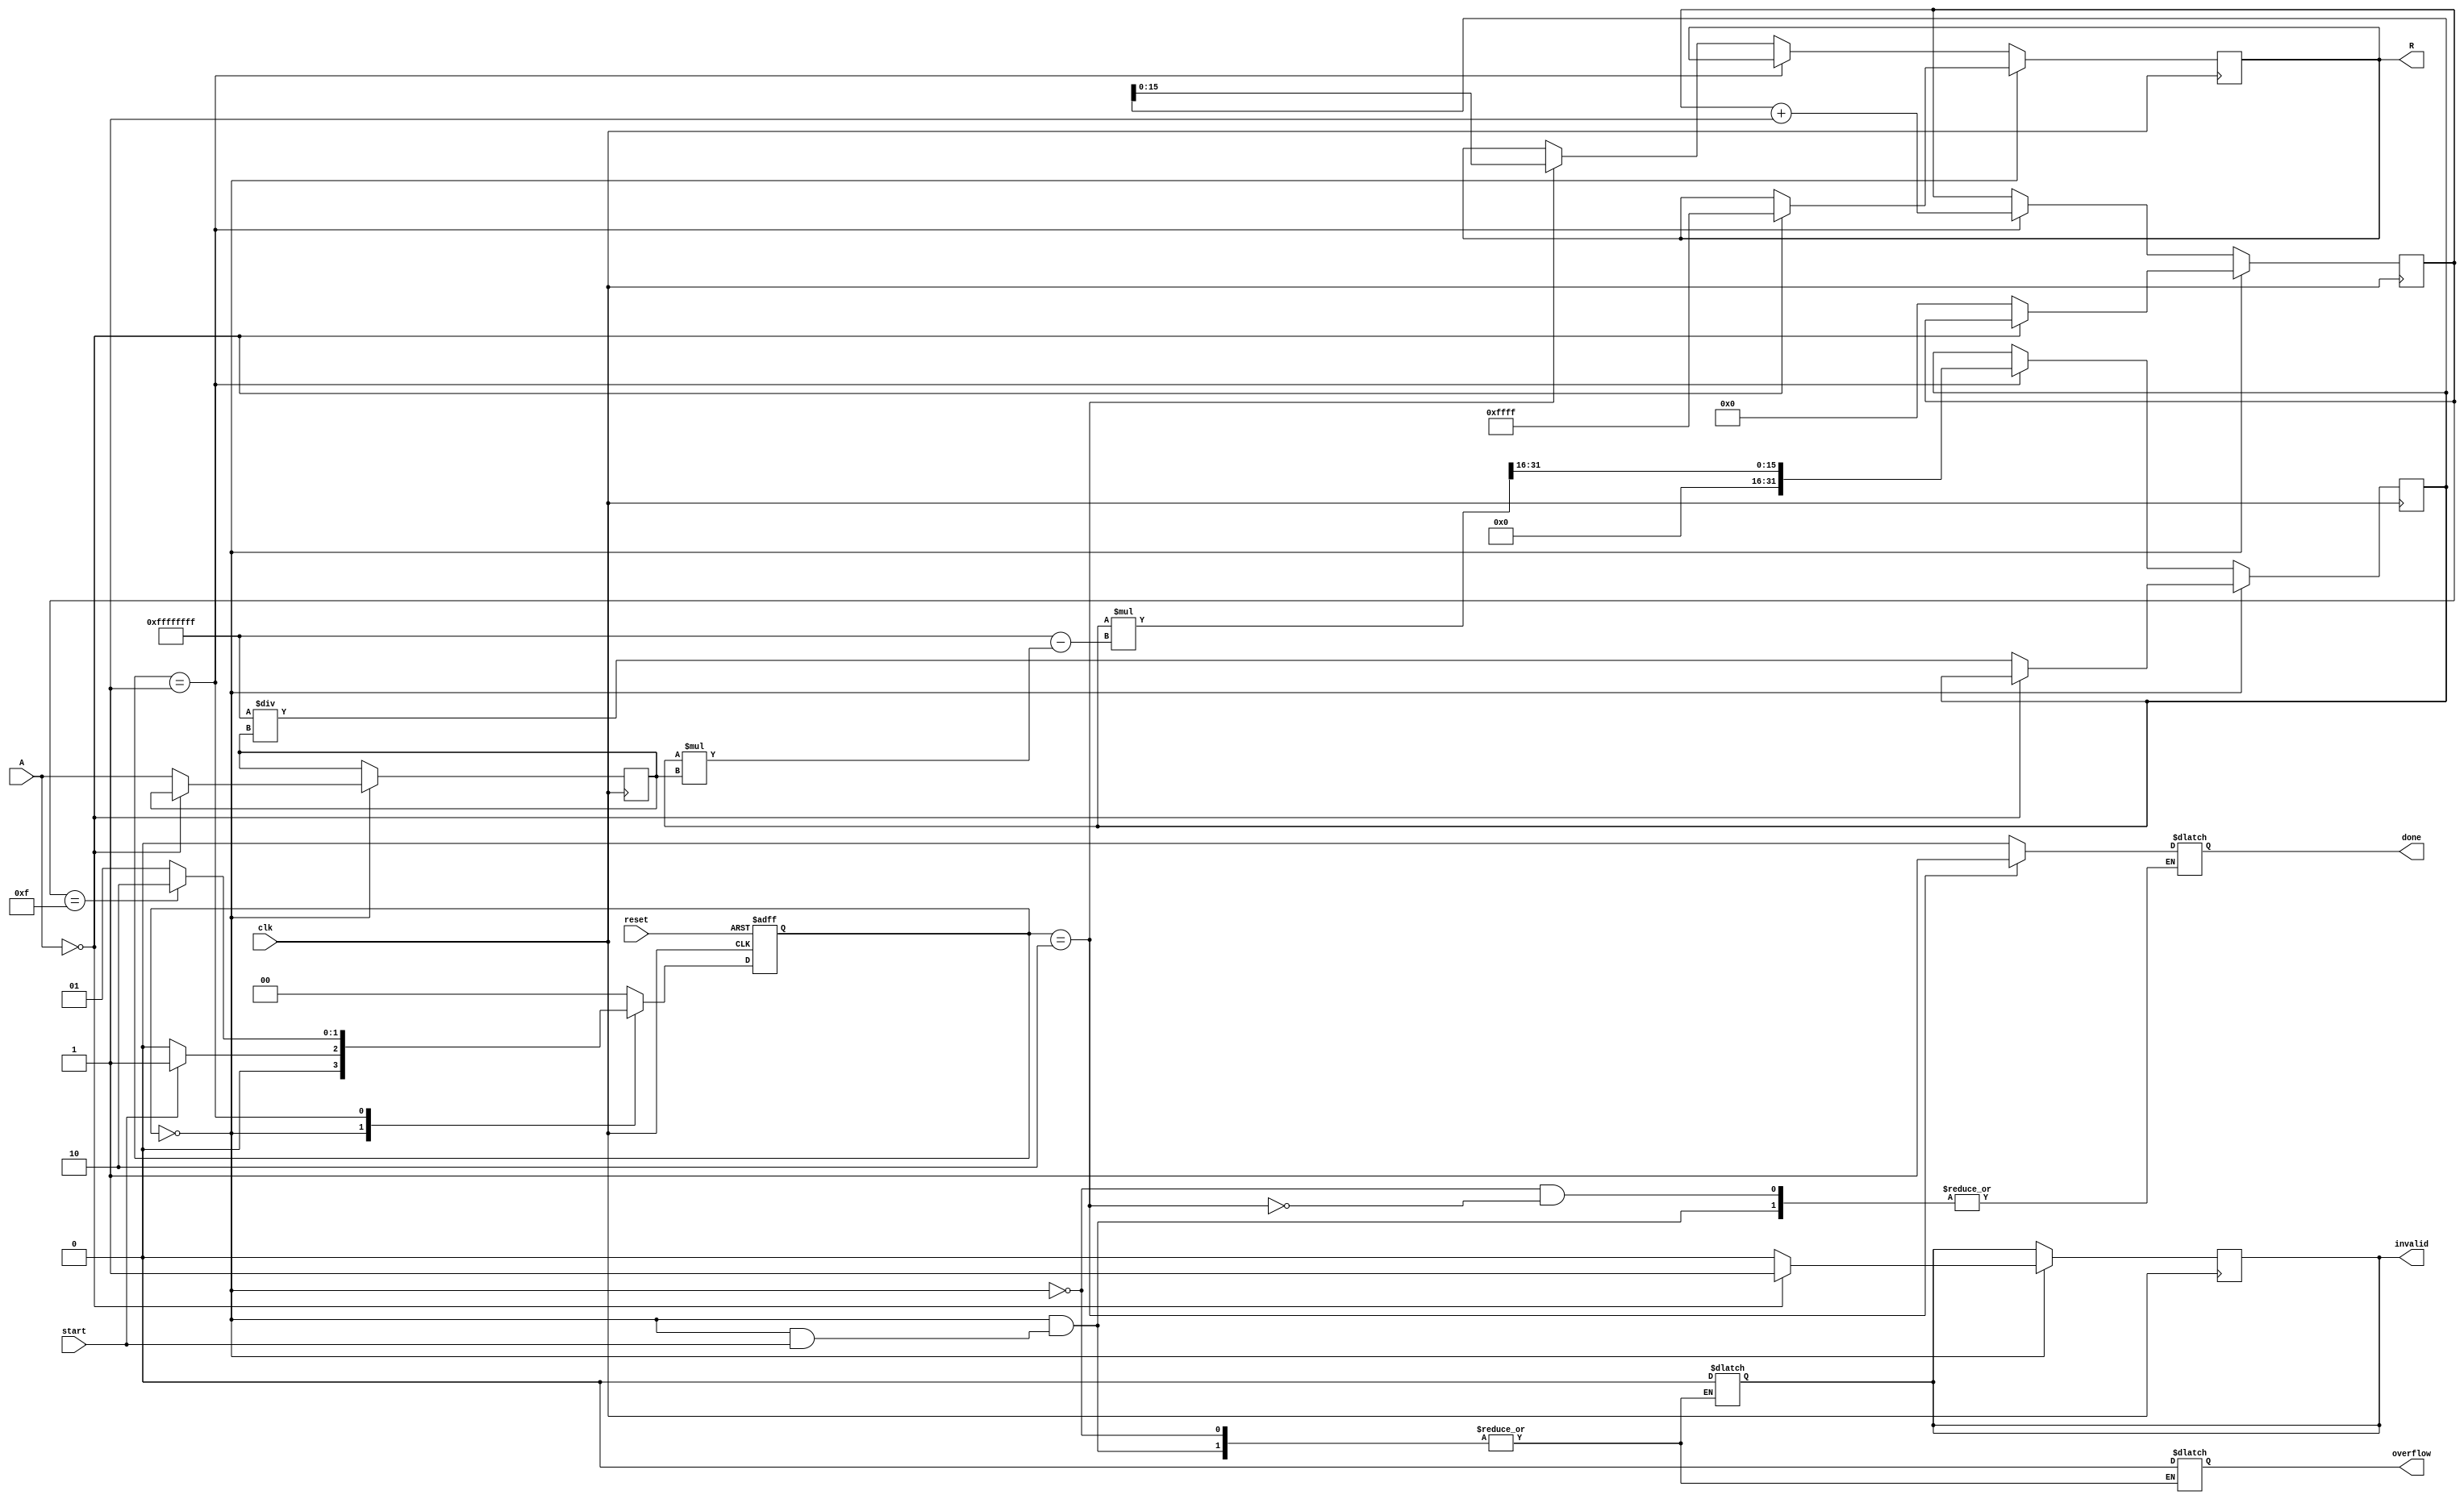
module BitwiseReciprocal(
    input wire clk,
    input wire reset,
    input wire start,
    input wire [15:0] A,
    output reg [15:0] R,
    output reg done,
    output reg overflow,
    output reg invalid
);
    // State encoding
    parameter IDLE = 2'b00, COMPUTE = 2'b01, OUTPUT = 2'b10;
    reg [1:0] state, next_state;
    
    // Internal registers
    reg [15:0] x;           // Input register
    reg [31:0] approx;      // Approximate reciprocal
    reg [4:0] count;        // Iteration counter
    reg [15:0] normalization;

    // Constants
    localparam MAX_VALUE = 16'hFFFF; // Maximum representable value

    always @(posedge clk or posedge reset) begin
        if (reset) begin
            state <= IDLE;
        end else begin
            state <= next_state;
        end
    end

    // State machine for control logic
    always @(*) begin
        case (state)
            IDLE: begin
                if (start) begin
                    next_state = COMPUTE;
                end else begin
                    next_state = IDLE;
                    done = 0;
                    overflow = 0;
                    invalid = 0;
                end
            end
            
            COMPUTE: begin
                if (count == 5'd15) begin // Limiting iterations to 16
                    next_state = OUTPUT;
                end else begin
                    next_state = COMPUTE;
                end
            end
            
            OUTPUT: begin
                next_state = IDLE;
                done = 1;
            end
            
            default: next_state = IDLE;
        endcase
    end

    always @(posedge clk) begin
        if (state == IDLE) begin
            if (A == 16'd0) begin
                invalid <= 1; // Handle division by zero
                R <= MAX_VALUE; // Predefined maximum value for zero input
            end else begin
                invalid <= 0; // Valid input
                x <= A;
                approx <= 32'hFFFFFFFF / x;  // Initial approximation
                count <= 5'd0; // Start iteration
            end
        end else if (state == COMPUTE) begin
            approx <= approx * (32'hFFFFFFFF - approx * x) >> 16; // Newton-Raphson iteration
            count <= count + 1; // Increment the iteration count
            
        end else if (state == OUTPUT) begin
            R <= approx[15:0]; // Output the result
        end
    end
endmodule